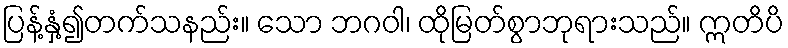
ပြန့်နှံ့၍တက်သနည်း။ သော ဘဂဝါ၊ ထိုမြတ်စွာဘုရားသည်။ ဣတိပိ